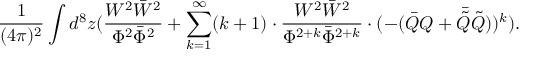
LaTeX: \frac { 1 } { ( 4 \pi ) ^ { 2 } } \int d ^ { 8 } z ( \frac { W ^ { 2 } \bar { W } ^ { 2 } } { \Phi ^ { 2 } \bar { \Phi } ^ { 2 } } + \sum _ { k = 1 } ^ { \infty } ( k + 1 ) \cdot \frac { W ^ { 2 } \bar { W } ^ { 2 } } { \Phi ^ { 2 + k } \bar { \Phi } ^ { 2 + k } } \cdot ( - ( \bar { Q } Q + \bar { \tilde { Q } } \tilde { Q } ) ) ^ { k } ) .